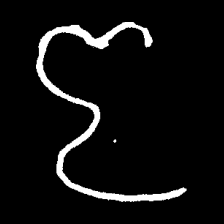
Pyu character \u2014 Myanmar letter: ဇ (romanized: ja)